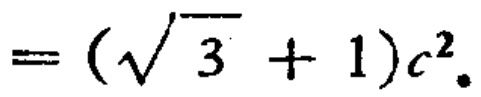
$=(\sqrt{3}+1)c^{2}.$